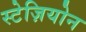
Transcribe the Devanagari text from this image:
स्टेज़ियोन